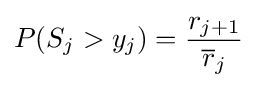
P(S_{j}>y_{j})={\frac {r_{j+1}}{{\overline {r}}_{j}}}